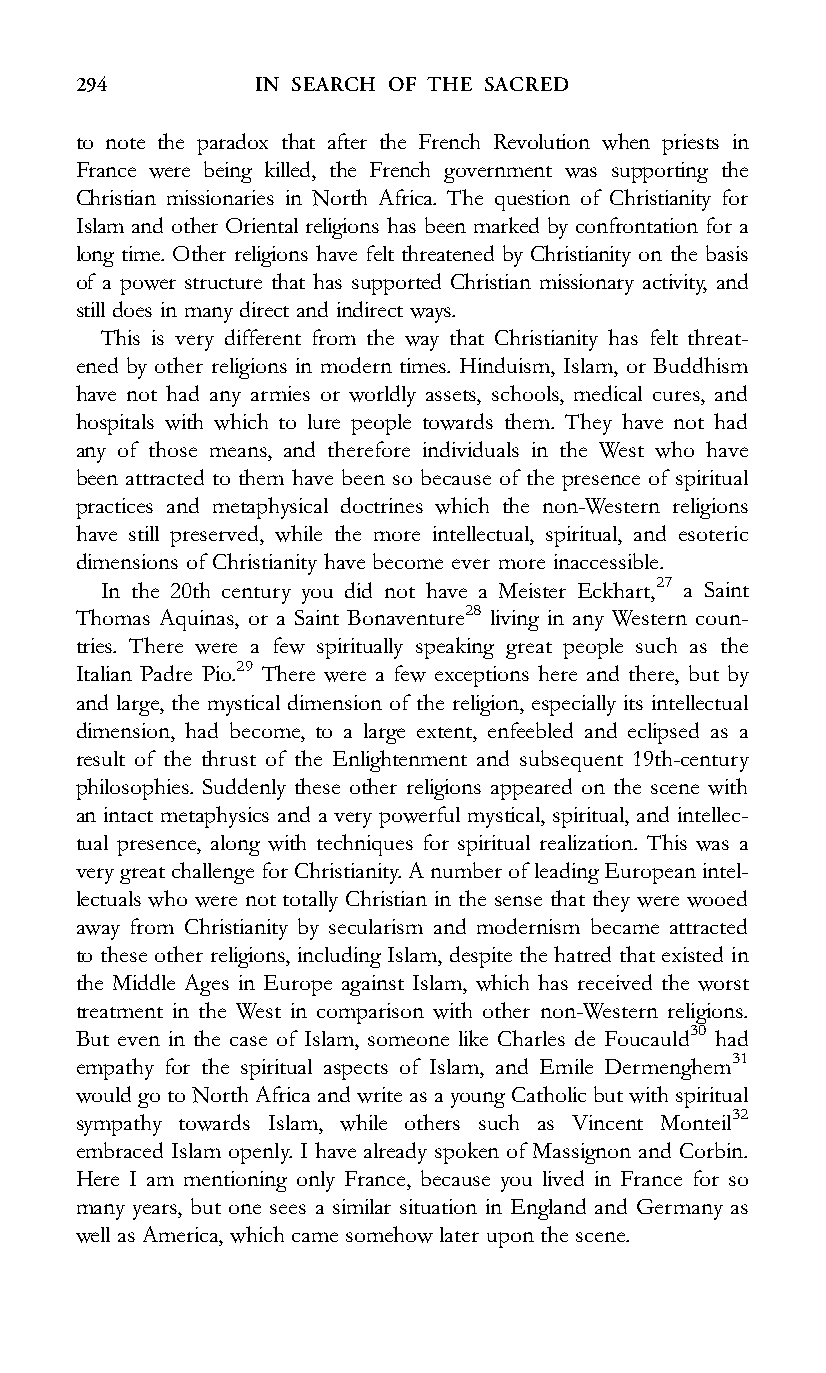
294         IN SEARCH OF THE SACRED
 to note the paradox that after the French Revolution when priests in
 France were being killed, the French government was supporting the
 Christian missionaries in North Africa. The question of Christianity for
 Islam and other Oriental religions has been marked by confrontation for a
 long time. Other religions have felt threatened by Christianity on the basis
 of a power structure that has supported Christian missionary activity, and
 still does in many direct and indirect ways.
 This is very different from the way that Christianity has felt threat-
 ened by other religions in modern times. Hinduism, Islam, or Buddhism
 have not had any armies or worldly assets, schools, medical cures, and
 hospitals with which to lure people towards them. They have not had
 any of those means, and therefore individuals in the West who have
 been attracted to them have been so because of the presence of spiritual
 practices and metaphysical doctrines which the non-Western religions
 have still preserved, while the more intellectual, spiritual, and esoteric
 dimensions of Christianity have become ever more inaccessible.
 In the 20th century you did not have a Meister Eckhart,27 a Saint
 Thomas Aquinas, or a Saint Bonaventure28 living in any Western coun-
 tries. There were a few spiritually speaking great people such as the
 Italian Padre Pio.29 There were a few exceptions here and there, but by
 and large, the mystical dimension of the religion, especially its intellectual
 dimension, had become, to a large extent, enfeebled and eclipsed as a
 result of the thrust of the Enlightenment and subsequent 19th-century
 philosophies. Suddenly these other religions appeared on the scene with
 an intact metaphysics and a very powerful mystical, spiritual, and intellec-
 tual presence, along with techniques for spiritual realization. This was a
 very greatchallenge for Christianity. Anumber of leading European intel-
 lectuals who were not totally Christian in the sense that they were wooed
 away from Christianity by secularism and modernism became attracted
 to these other religions, including Islam, despite the hatred that existed in
 the Middle Ages in Europe against Islam, which has received the worst
 treatment in the West in comparison with other non-Western religions.
 But even in the case of Islam, someone like Charles de Foucauld30 had
 empathy for the spiritual aspects of Islam, and Emile Dermenghem31
 would go to North Africa and write as ayoung Catholic but with spiritual
 sympathy towards Islam, while others such as Vincent Monteil32
 embraced Islam openly. I have already spoken of Massignon and Corbin.
 Here I am mentioning only France, because you lived in France for so
 many years, but one sees a similar situation in England and Germany as
 well as America, which came somehow later upon the scene.